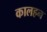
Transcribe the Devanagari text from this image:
कालहन